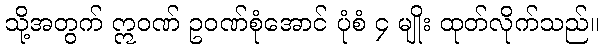
သို့အတွက် ဣဝဏ် ဥဝဏ်စုံအောင် ပုံစံ ၄ မျိုး ထုတ်လိုက်သည်။